Indian journal of veterinary science and animal husbandry - Volume 14,
Year: 1944
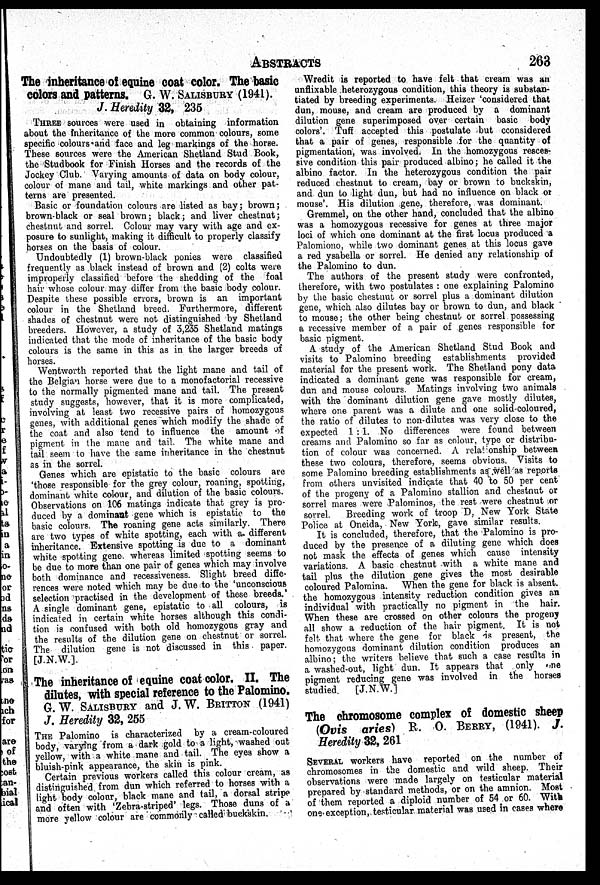
ABSTRACTS
263
The inheritance of equine coat color. The basic
colors and patterns. G. W. SALISBURY (1941).
J. Heredity 32, 235
THREE sources were used in obtaining information
about the Inheritance of the more common colours, some
specific colours and face and leg markings of the horse.
These sources were the American Shetland Stud Book,
the Studbook for Finish Horses and the records of the
Jockey Club. Varying amounts of data on body colour,
colour of mane and tail, white markings and other pat-
terns are presented.
Basic or foundation colours are listed as bay; brown;
brown-black or seal brown; black; and liver chestnut;
chestnut and sorrel. Colour may vary with age and ex-
posure to sunlight, making it difficult to properly classify
horses on the basis of colour.
Undoubtedly (1) brown-black ponies were classified
frequently as black instead of brown and (2) colts were
improperly classified before the shedding of the foal
hair whose colour may differ from the basic body colour.
Despite these possible errors, brown is an important
colour in the Shetland breed. Furthermore, different
shades of chestnut were not distinguished by Shetland
breeders. However, a study of 3,235 Shetland matings
indicated that the mode of inheritance of the basic body
colours is the same in this as in the larger breeds of
horses.
Wentworth reported that the light mane and tail of
the Belgian horse were due to a monofactorial recessive
to the normally pigmented mane and tail. The present
study suggests, however, that it is more complicated,
involving at least two recessive pairs of homozygous
genes, with additional genes which modify the shade of
the coat and also tend to influence the amount of
pigment in the mane and tail. The white mane and
tail seem to have the same inheritance in the chestnut
as in the sorrel.
Genes which are epistatic to the basic colours are
'those responsible for the grey colour, roaning, spotting,
dominant white colour, and dilution of the basic colours.
Observations on 106 matings indicate that grey is pro-
duced by a dominant gene which is epistatic to the
basic colours. The roaning gene acts similarly. There
are two types of white spotting, each with a different
inheritance. Extensive spotting is due to a dominant
white spotting gene whereas limited spotting seems to
be due to more than one pair of genes which may involve
both dominance and recessiveness. Slight breed diffe-
rences were noted which may be due to the 'unconscious
selection practised in the development of these breeds.'
A single dominant gene, epistatic to all colours, is
indicated in certain white horses although this condi-
tion is confused with both old homozygous gray and
the results of the dilution gene on chestnut or sorrel.
The dilution gene is not discussed in this paper.
[J.N.W.].
The inheritance of equine coat color. II. The
dilutes, with special reference to the Palomino.
G. W. SALISBURY and J. W. BRITTON (1941)
J. Heredity 32, 255
THE Palomino is characterized by a cream-coloured
body, varying from a dark gold to a light, washed out
yellow, with a white mane and tail. The eyes show a
bluish-pink appearance, the skin is pink.
Certain previous workers called this colour cream, as
distinguished from dun which referred to horses with a
light body colour, black mane and tail, a dorsal stripe
and often with 'Zebra-striped' legs. Those duns of a
more yellow colour are commonly called buckskin.
Wredit is reported to have felt that cream was an
unflixable heterozygous condition, this theory is substan-
tiated by breeding experiments. Heizer 'considered that
dun, mouse, and cream are produced by a dominant
dilution gene superimposed over certain basic body
colors'. Tuff accepted this postulate but cconsidered
that a pair of genes, responsible for the quantity of
pigmentation, was involved. In the homozygous resces-
sive condition this pair produced albino; he called it the
albino factor. In the heterozygous condition the pair
reduced chestnut to cream, bay or brown to buckskin,
and dun to light dun, but had no influence on black of
mouse'. His dilution gene, therefore, was dominant.
Gremmel, on the other hand, concluded that the albino
was a homozygous recessive for genes at three major
loci of which one dominant at the first locus produced a
Palomiono, while two dominant genes at this locus gave
a red ysabella or sorrel. He denied any relationship of
the Palomino to dun.
The authors of the present study were confronted,
therefore, with two postulates : one explaining Palomino
by the basic chestnut or sorrel plus a dominant dilution
gene, which also dilutes bay or brown to dun, and black
to mouse; the other being chestnut or sorrel possessing
a recessive member of a pair of genes responsible for
basic pigment.
A study of the American Shetland Stud Book and
visits to Palomino breeding establishments provided
material for the present work. The Shetland pony data
indicated a dominant gene was responsible for cream,
dun and mouse colours. Matings involving two animals
with the dominant dilution gene gave mostly dilutes,
where one parent was a dilute and one solid-coloured,
the ratio of dilutes to non-dilutes was very close to the
expected 1:1. No differences were found between
creams and Palomino so far as colour, type or distribu-
tion of colour was concerned. A relationship between
these two colours, therefore, seems obvious. Visits to
some Palomino breeding establishments as well as reports
from others unvisited indicate that 40 to 50 per cent
of the progeny of a Palomino stallion and chestnut or
sorrel mares were Palominos, the rest were chestnut or
sorrel. Breeding work of troop D, New York State
Police at Oneida, New York, gave similar results.
It is concluded, therefore, that the Palomino is pro-
duced by the presence of a diluting gene which does
not mask the effects of genes which cause intensity
variations. A basic chestnut with a white mane and
tail plus the dilution gene gives the most desirable
coloured Palomina. When the gene for black is absent.
the homozygous intensity reduction condition gives an
individual with practically no pigment in the hair.
When these are crossed on other colours the progeny
all show a reduction of the hair pigment. It is not
felt that where the gene for black is present, the
homozygous dominant dilution condition produces an
albino; the writers believe that such a case results in
a washed-out, light dun. It appears that only one
pigment reducing gene was involved in the horses
studied.
[J.N.W.]
The chromosome complex of domestic sheep
(Ovis aries) R. O. BERRY, (1941). J.
Heredity 32, 261
SEVERAL workers have reported on the number of
chromosomes in the domestic and wild sheep. Their
observations were made largely on testicular material
prepared by standard methods, or on the amnion. Most
of them reported a diploid number of 54 or 60. With
one exception, testicular material was used in cases where